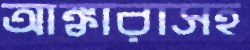
আঙ্কারাসহ